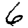
Digit: 6